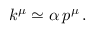
k ^ { \mu } \simeq \alpha \, p ^ { \mu } \, .